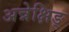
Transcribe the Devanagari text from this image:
अन्नेक्षिङ्